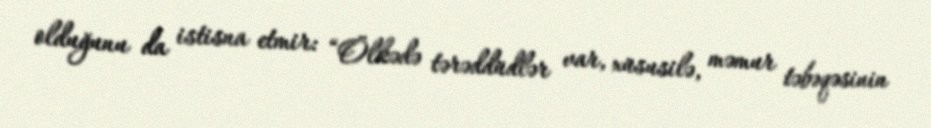
olduğunu da istisna etmir: “Ölkədə tərəddüdlər var, xüsusilə, məmur təbəqəsinin